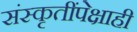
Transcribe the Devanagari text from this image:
संस्कृतींपेक्षाही